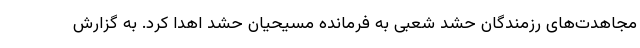
مجاهدت‌های رزمندگان حشد شعبی به فرمانده مسیحیان حشد اهدا کرد. به گزارش